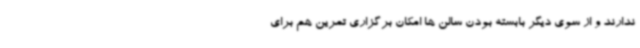
ندارند و از سوی دیگر بابسته بودن سالن ها امکان برگزاری تمرین هم برای